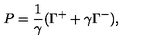
P = \frac { 1 } { \gamma } ( \Gamma ^ { + } + \gamma \Gamma ^ { - } ) ,